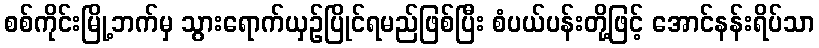
စစ်ကိုင်းမြို့ဘက်မှ သွားရောက်ယှဉ်ပြိုင်ရမည်ဖြစ်ပြီး စံပယ်ပန်းတို့ဖြင့် အောင်နန်းရိပ်သာ